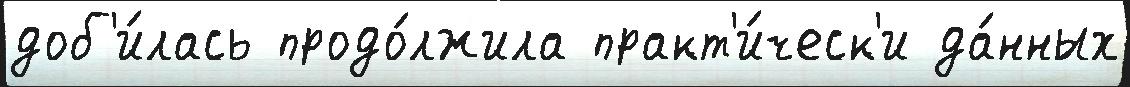
доб'и́лась продо́лжила практ'и́ческ'и да́нных